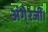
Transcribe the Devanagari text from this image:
अंगे्रजी।